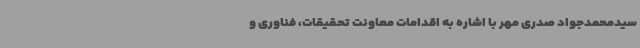
سیدمحمدجواد صدری مهر با اشاره به اقدامات معاونت تحقیقات، فناوری و